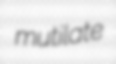
mutilate